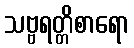
သဗ္ဗရတ္တိစာရော